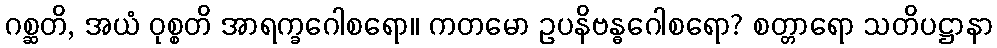
ဂစ္ဆတိ, အယံ ဝုစ္စတိ အာရက္ခဂေါစရော။ ကတမော ဥပနိဗန္ဓဂေါစရော? စတ္တာရော သတိပဋ္ဌာနာ